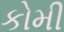
કોમી